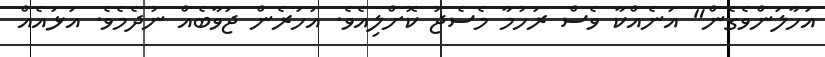
އަހާލަންވެގެން" އަނެއްކާ ވެސް ރަހުމާ މެސެޖު ކޮށްލިއެވެ. އަހަރެން ޖަވާބެއް ނުދެމެވެ. އަޅައެއް